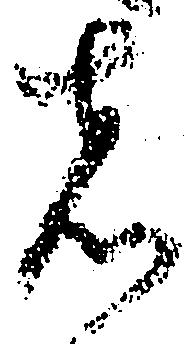
者